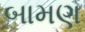
બામણ